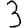
Digit: 3